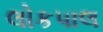
લોકપાલ